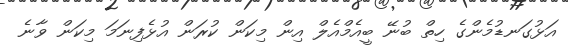
އަޅުގަނޑުމެންގެ ހިތް ބުނޭ ބީއެމްއެލް އިން މިކަން ކުރަން އުޅެފިނަމަ މިކަން ވާނެ